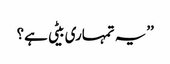
’’یہ تمہاری بیٹی ہے؟